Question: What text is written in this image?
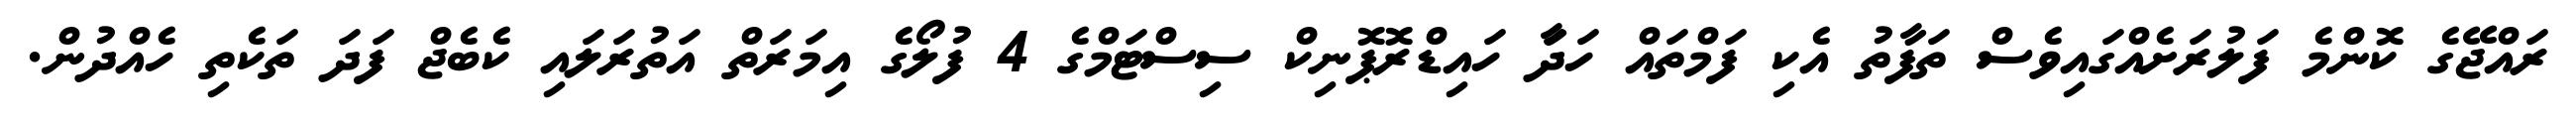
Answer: ރައްޖޭގެ ކޮންމެ ފަލުރަށެއްގައިވެސް ތަފާތު އެކި ފަމްތައް ހަދަާ ހައިޑްރޮޕޮނިކް ސިސްޓަމްގެ 4 ފުލޯގެ އިމަރަތް އަތުރަލައި ކެބެޖް ފަދަ ތަކެތި ހެއްދުން.